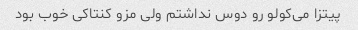
پیتزا می‌کولو رو دوس نداشتم ولی مزو کنتاکی خوب بود